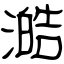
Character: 澔